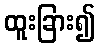
ထူးခြား၍